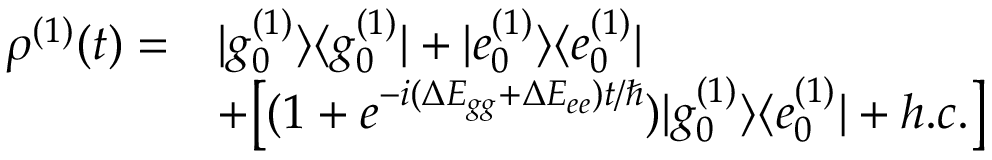
\begin{array} { r l } { \rho ^ { ( 1 ) } ( t ) = } & { | g _ { 0 } ^ { ( 1 ) } \rangle \langle g _ { 0 } ^ { ( 1 ) } | + | e _ { 0 } ^ { ( 1 ) } \rangle \langle e _ { 0 } ^ { ( 1 ) } | } \\ & { + \big [ ( 1 + e ^ { - i ( \Delta E _ { g g } + \Delta E _ { e e } ) t / \hbar } ) | g _ { 0 } ^ { ( 1 ) } \rangle \langle e _ { 0 } ^ { ( 1 ) } | + h . c . \big ] } \end{array}